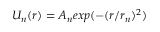
U _ { n } ( r ) = A _ { n } e x p ( - ( r / r _ { n } ) ^ { 2 } )